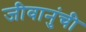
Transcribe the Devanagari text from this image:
जीवानुंची